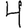
Digit: 4